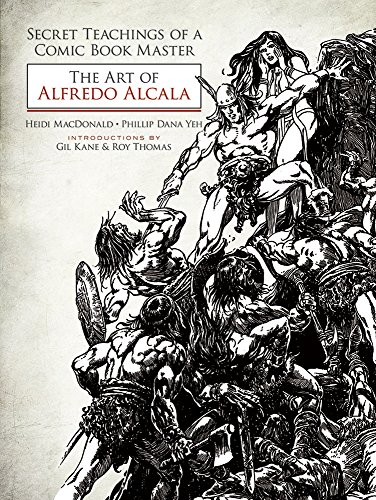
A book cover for Secret Teachings of a Comic Book Master: The Art of Alfredo Alcala; Heidi MacDonald; Comics & Graphic Novels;